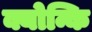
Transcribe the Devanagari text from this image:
क्योन्कि